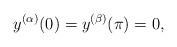
LaTeX: \begin{align*} y^{(\alpha)}(0) = y^{(\beta)}(\pi) = 0,\end{align*}